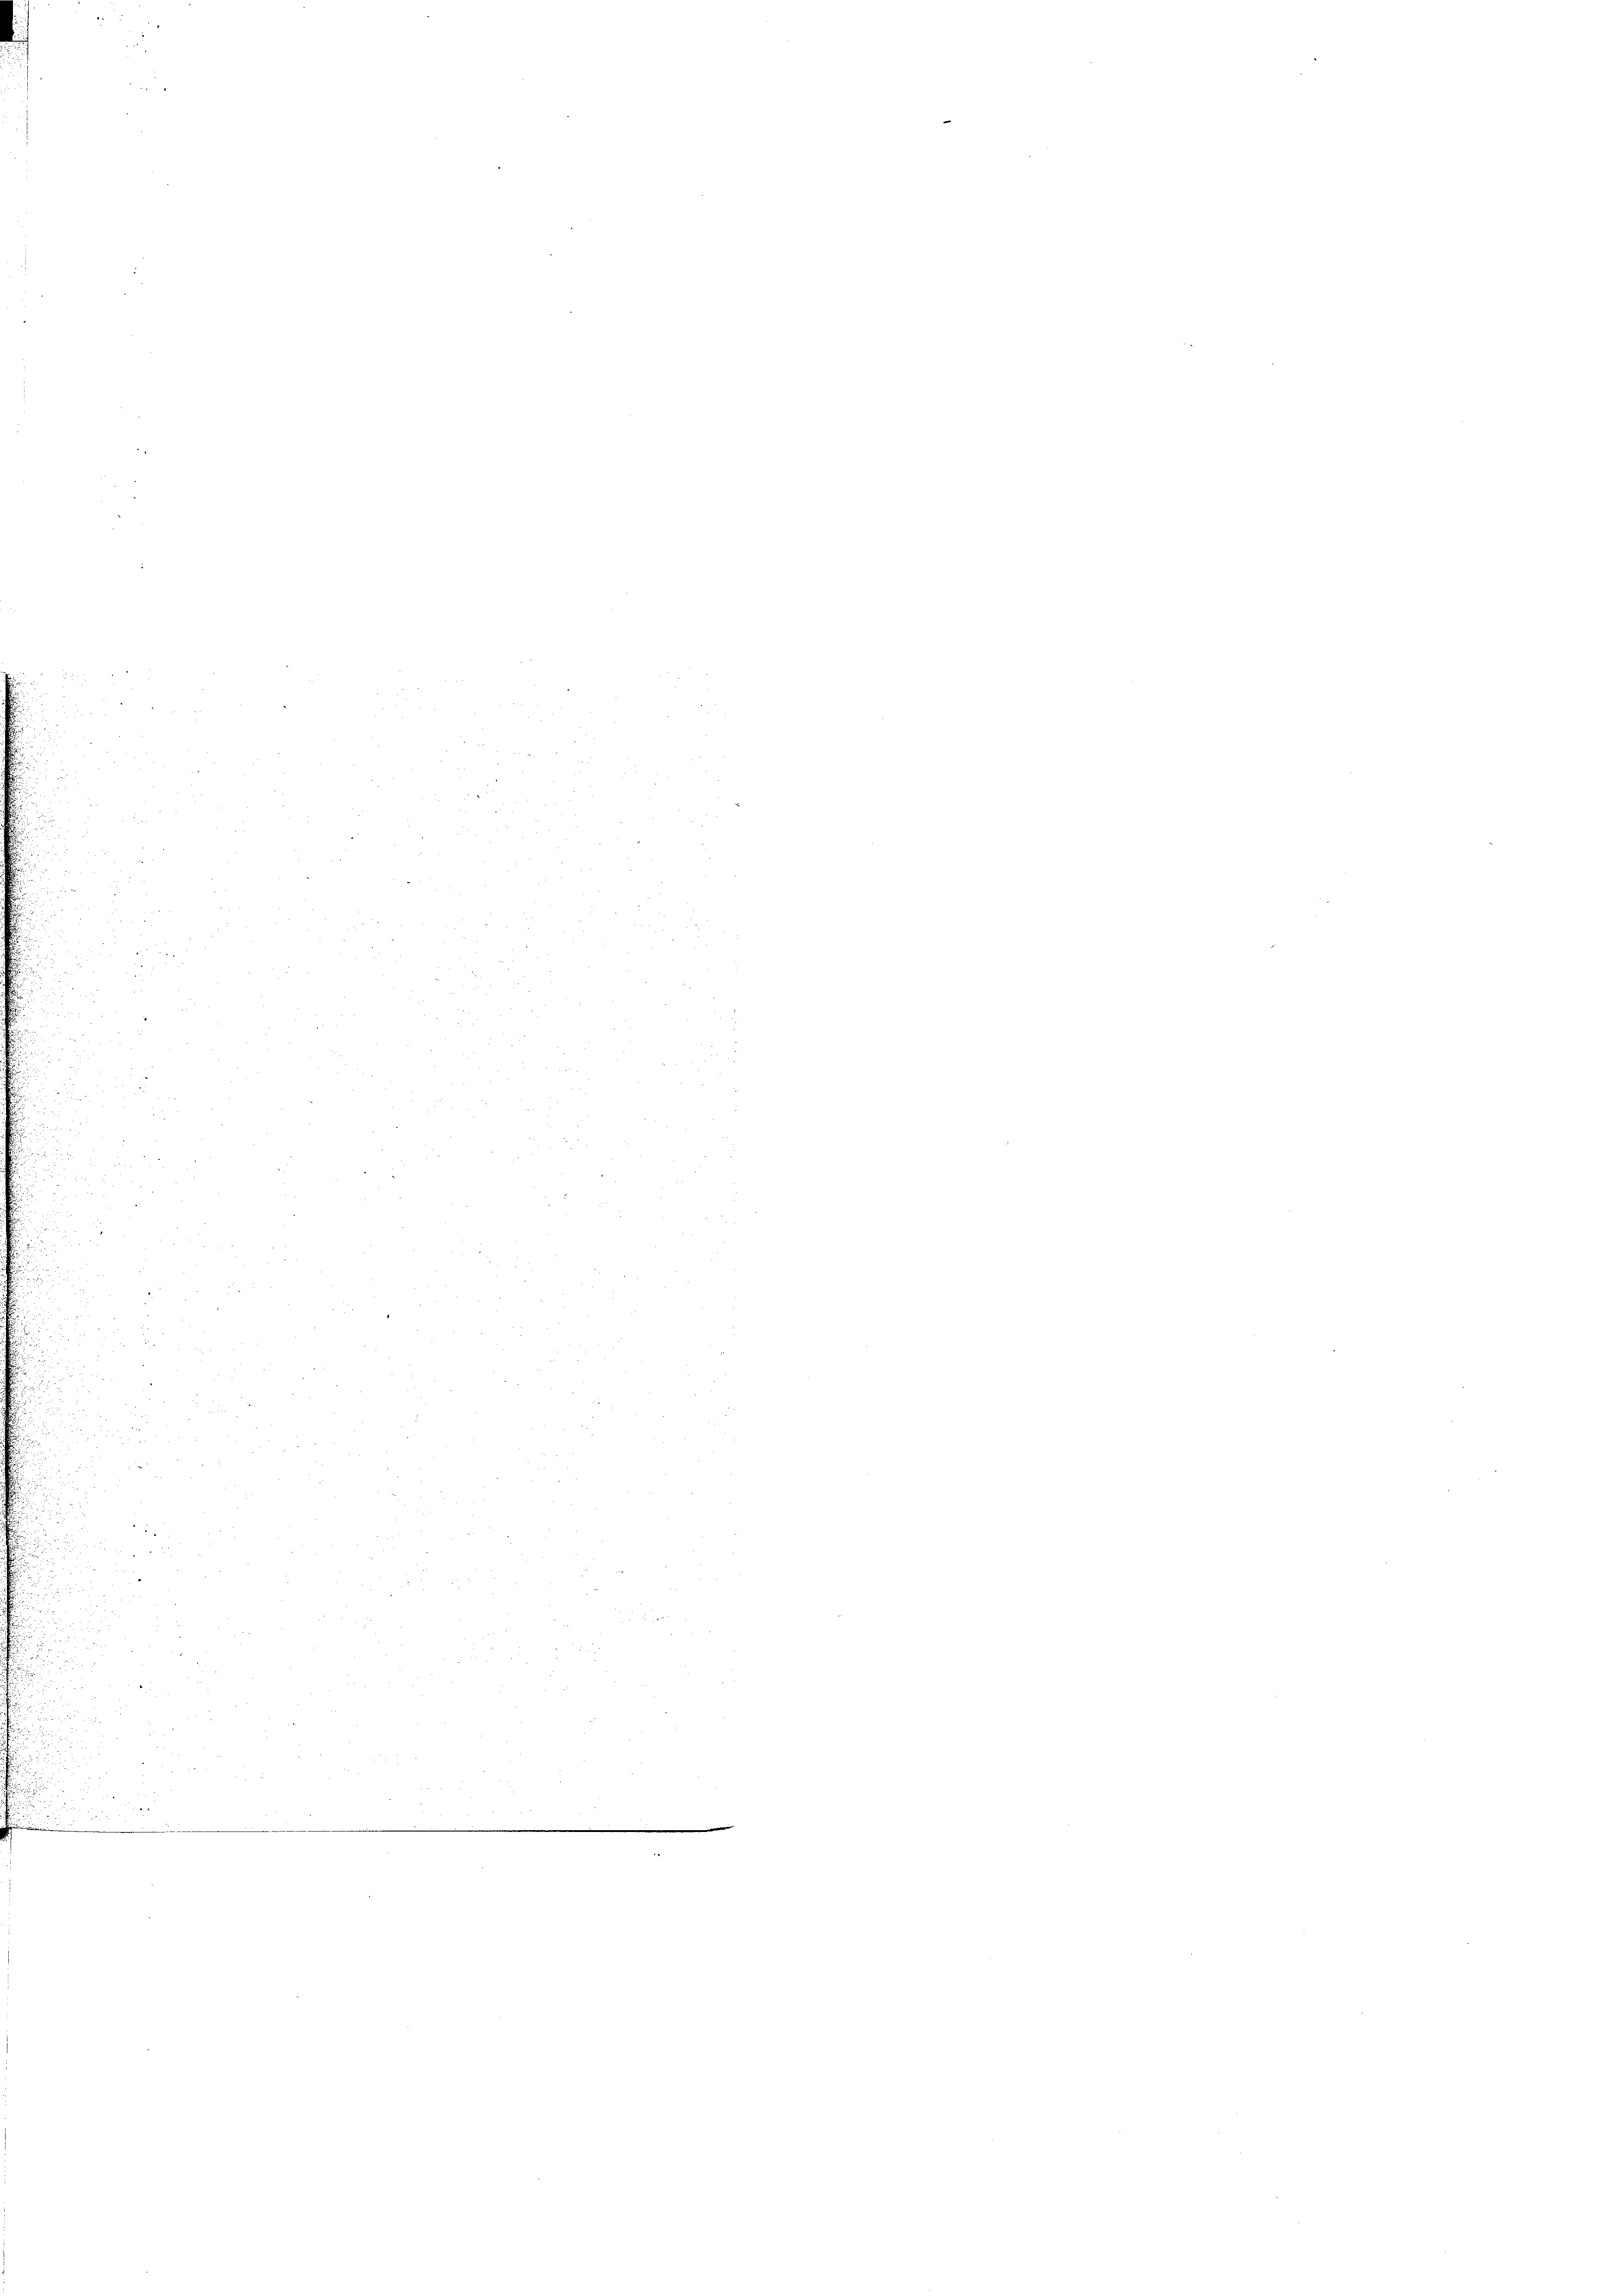
.

u

u
Juni
.

.
e
s
.

.

.

2

e

¬

.

.

.